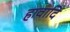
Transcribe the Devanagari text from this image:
हावादि